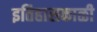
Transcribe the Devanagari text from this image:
इतिहासकाळी